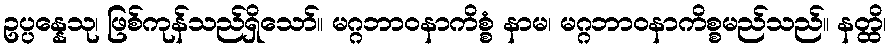
ဥပ္ပန္နေသု၊ ဖြစ်ကုန်သည်ရှိသော်။ မဂ္ဂဘာဝနာကိစ္စံ နာမ၊ မဂ္ဂဘာဝနာကိစ္စမည်သည်။ နတ္ထိ၊